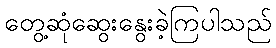
တွေ့ဆုံဆွေးနွေးခဲ့ကြပါသည်